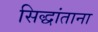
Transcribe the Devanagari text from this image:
सिद्धांताना